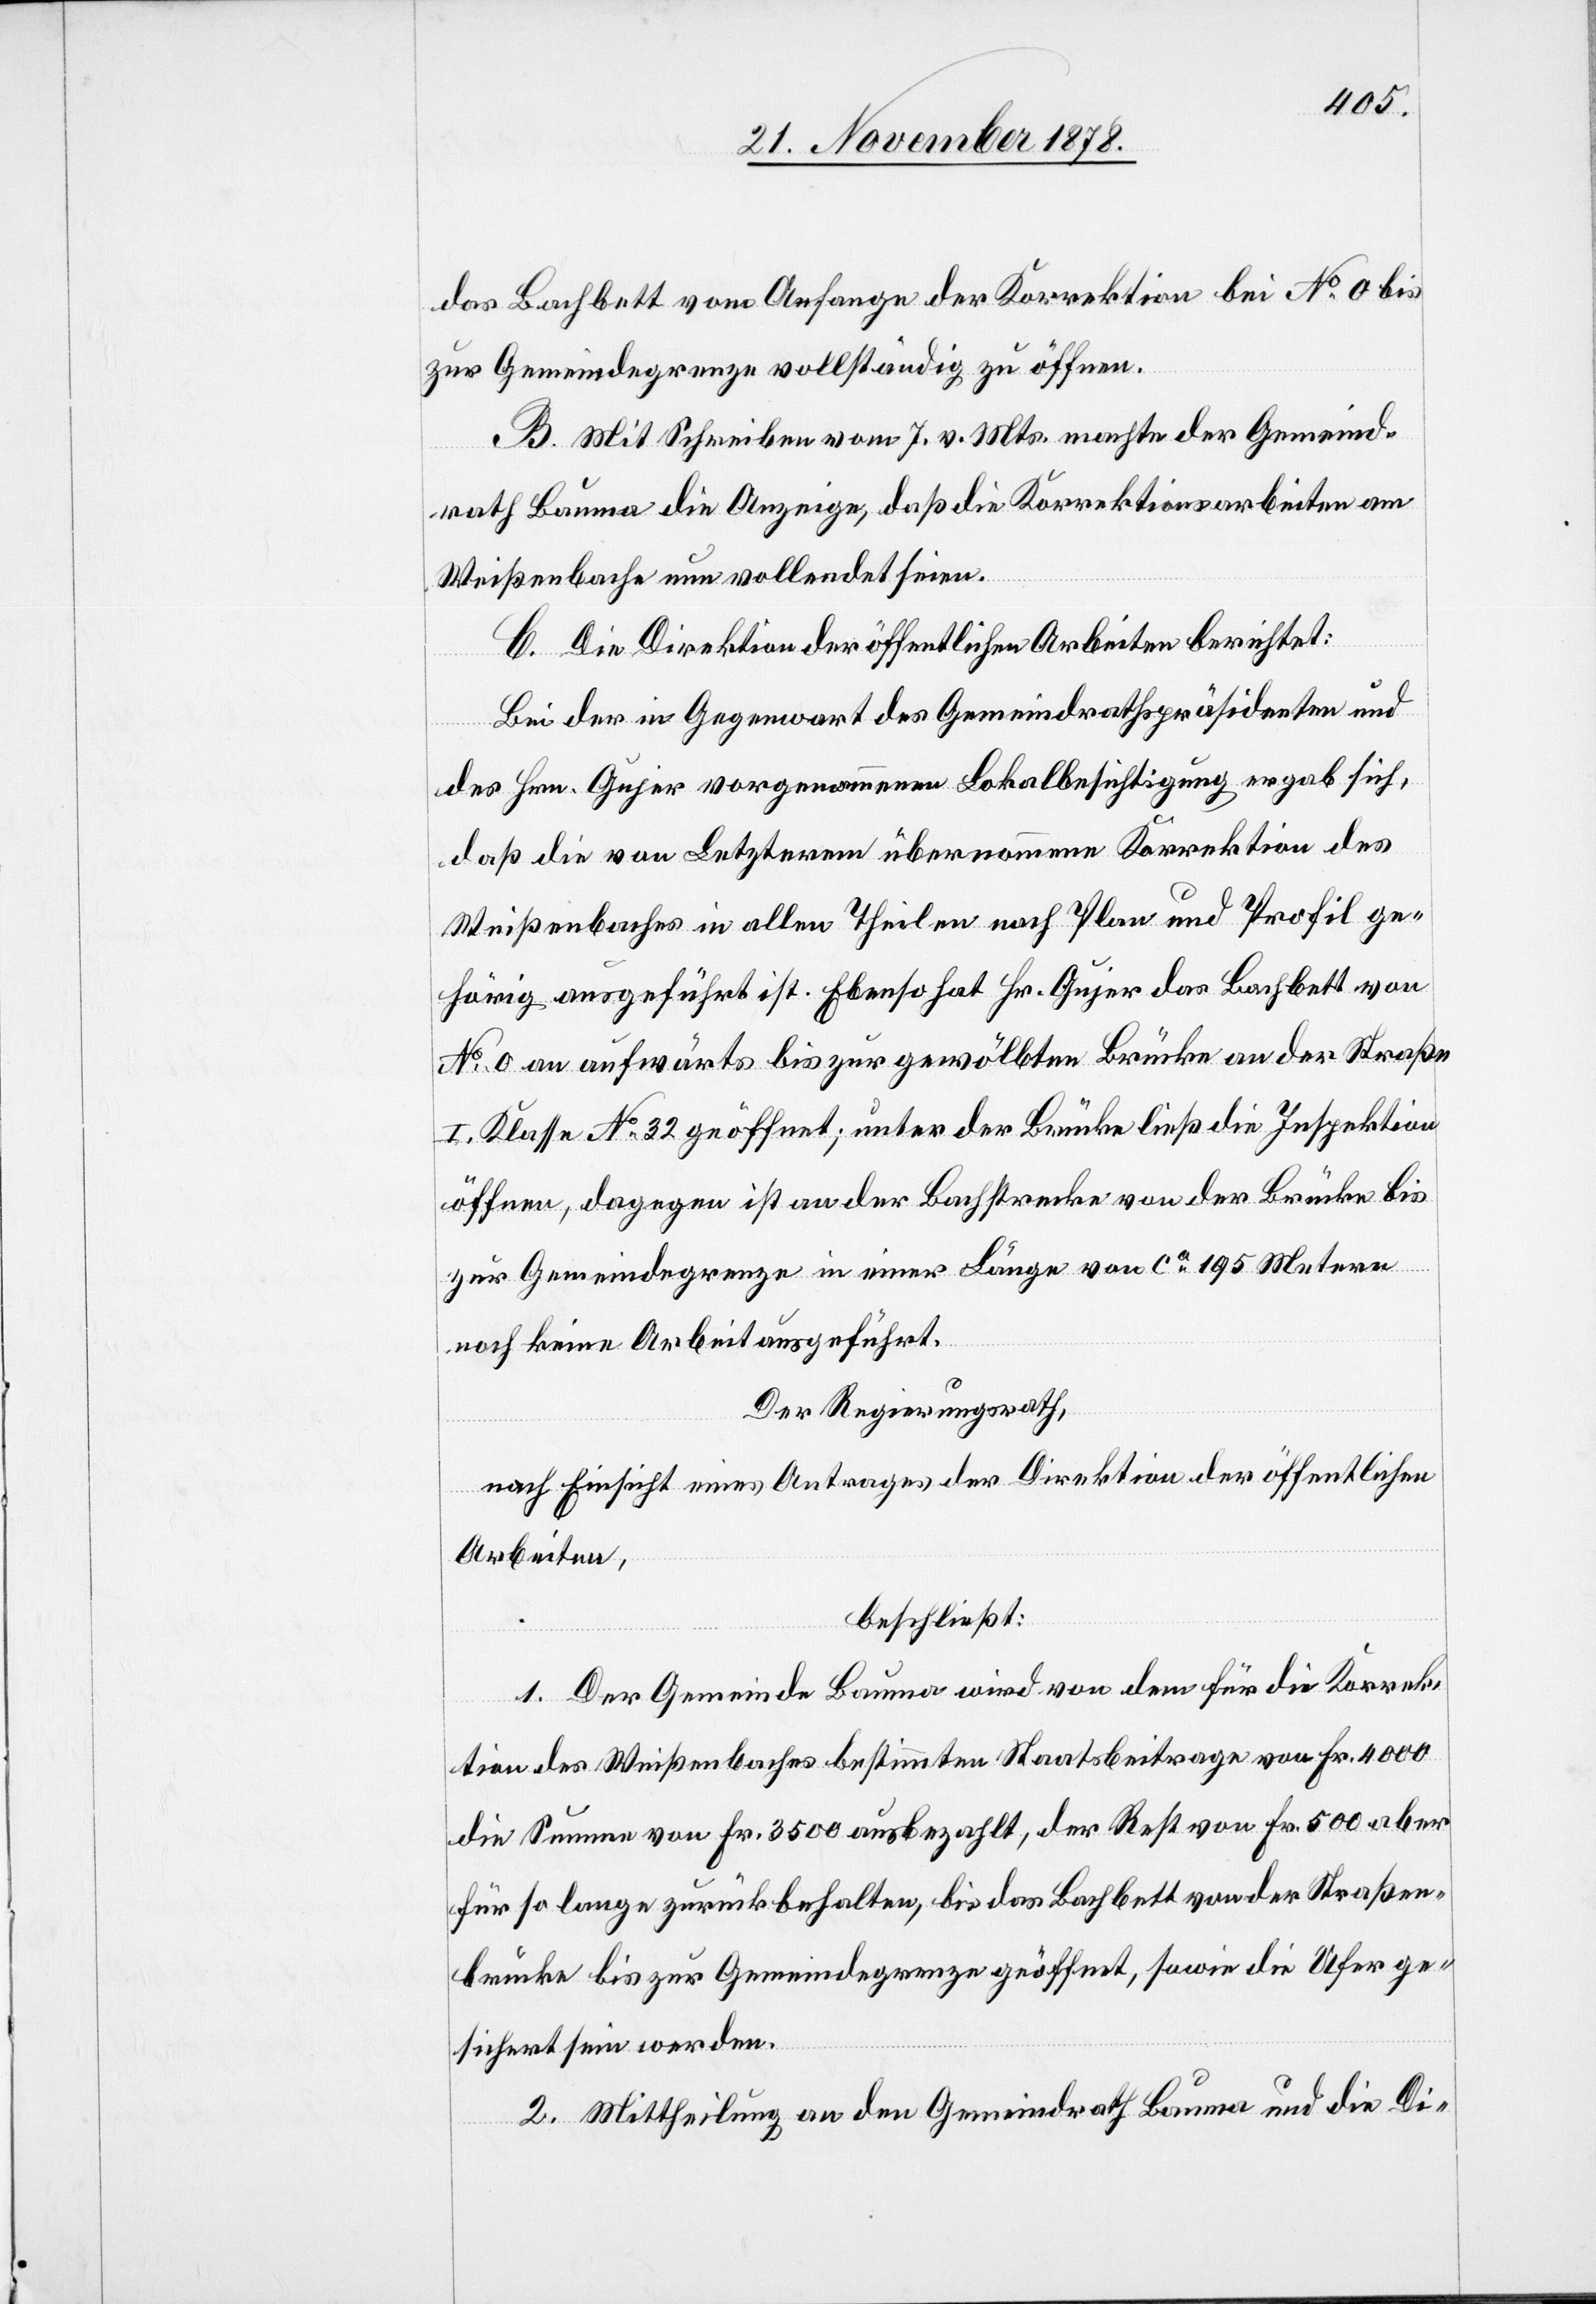
das Bachbett vom Anfange der Korrektion bei No 0 bis
zur Gemeindegrenze vollständig zu öffnen.
B. Mit Schreiben vom 7. v. Mts. machte der Gemeind¬
rath Bauma die Anzeige, daß die Korrektionsarbeiten am
Weißenbache nun vollendet seien.
C. Die Direktion der öffentlichen Arbeiten berichtet:
Bei der in Gegenwart des Gemeindrathspräsidenten und
des Hrn. Gujer vorgenommenen Lokalbesichtigung ergab sich,
daß die von Letzterem übernommene Korrektion des
Weißenbaches in allen Theilen nach Plan und Profil ge¬
hörig ausgeführt ist. Ebenso hat Hr. Gujer das Bachbett von
No 0 an aufwärts bis zur gewölbten Brücke an der Straße
I. Klasse No 32 geöffnet; unter der Brücke ließ die Inspektion
öffnen, dagegen ist an der Bachstrecke von der Brücke bis
zur Gemeindegrenze in einer Länge von ca 195 Metern
noch keine Arbeit ausgeführt.
Der Regierungsrath,
nach Einsicht eines Antrages der Direktion der öffentlichen
Arbeiten,
beschließt:
1. Der Gemeinde Bauma wird von dem für die Korrek¬
tion des Weißenbaches bestimmten Staatsbeitrage von Fr. 4000
die Summe von Fr. 3500 ausbezahlt, der Rest von Fr. 500 aber
für so lange zurückbehalten, bis das Bachbett von der Straßen¬
brücke bis zur Gemeindegrenze geöffnet, sowie die Ufer ge¬
sichert sein werden.
2. Mittheilung an den Gemeindrath Bauma und die Di-